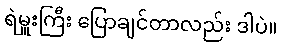
ရဲမှူးကြီး ပြောချင်တာလည်း ဒါပဲ။